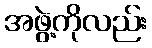
အဖွဲ့ကိုလည်း